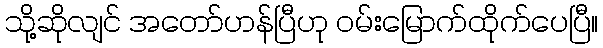
သို့ဆိုလျင် အတော်ဟန်ပြီဟု ဝမ်းမြောက်ထိုက်ပေပြီ။